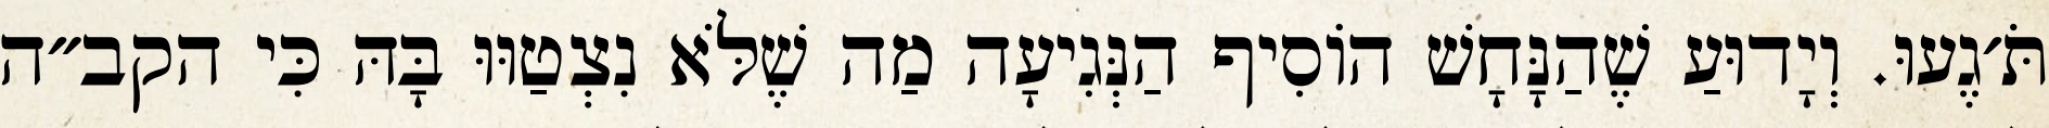
תֹּ׳גֶעוּ. וְיָדוּעַ שֶׁהַנָּחָשׁ הוֹסִיף הַנְּגִיעָה מַה שֶׁלֹּא נִצְטַוּוּ בָּהּ כִּי הקב״ה